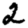
Digit: 2